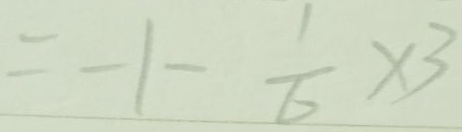
= - 1 - \frac { 1 } { 6 } \times 3